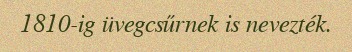
1810-ig üvegcsűrnek is nevezték.